Scottish Leaving Certificate Examination, 1960
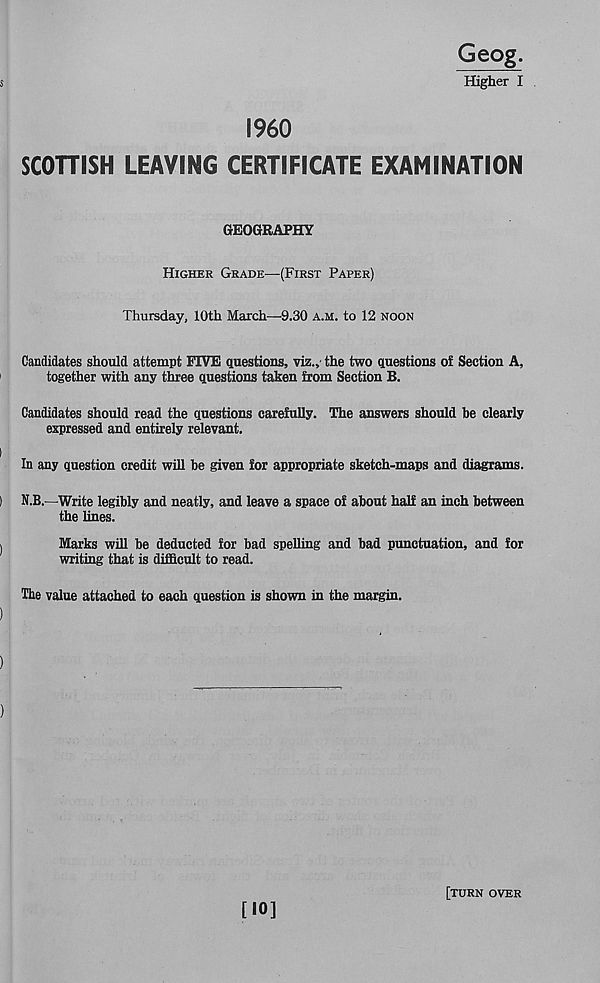
I960
SCOHISH LEAVING CERTIFICATE EXAMINATION
GEOGRAPHY
Higher Grade—(First Paper)
Thursday, 10th March—9.30 a.m. to 12 noon
Candidates should attempt FIVE questions, viz., the two questions of Section A,
together with any three questions taken from Section B.
Candidates should read the questions carefully. The answers should he clearly
expressed and entirely relevant.
In any question credit will be given for appropriate sketch-maps and diagrams.
N.B.—Write legibly and neatly, and leave a space of about half an inch between
the lines.
Marks will be deducted for bad spelling and bad punctuation, and for
writing that is difficult to read.
The value attached to each question is shown in the margin.
[»0]
[turn over